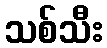
သစ်သီး